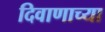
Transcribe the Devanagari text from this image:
दिवाणाच्या